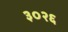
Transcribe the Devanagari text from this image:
३०२६